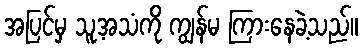
အပြင်မှ သူ့အသံကို ကျွန်မ ကြားနေခဲ့သည်။